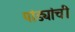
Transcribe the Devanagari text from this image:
पांड्यांची